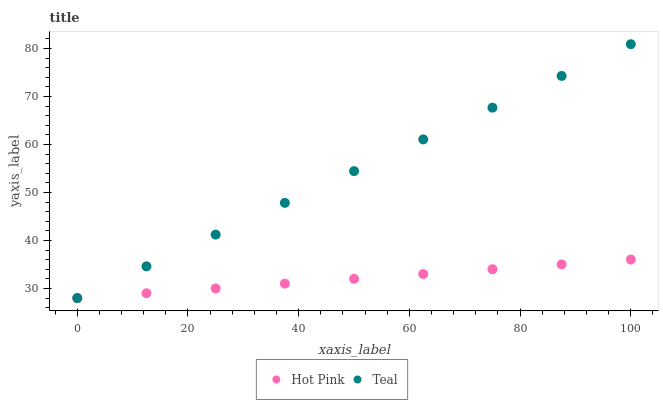
| xaxis_label | Hot Pink | Teal |
 | --- | --- | --- |
 | 0 | 28 | 28 |
 | 12.5 | 29 | 34.6 |
 | 25 | 30 | 41.2 |
 | 37.5 | 31 | 47.8 |
 | 50 | 32 | 54.5 |
 | 62.5 | 33 | 61.1 |
 | 75 | 34 | 67.7 |
 | 87.5 | 35 | 74.3 |
 | 100 | 36 | 80.9 |